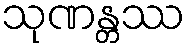
သုဏန္တဿ